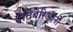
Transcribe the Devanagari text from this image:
प्रतिबेरिऑनों